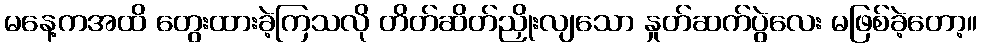
မနေ့ကအထိ တွေးထားခဲ့ကြသလို တိတ်ဆိတ်ညှိုးလျသော နှုတ်ဆက်ပွဲလေး မဖြစ်ခဲ့တော့။